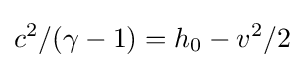
c^{2}/(\gamma -1)=h_{0}-v^{2}/2